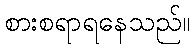
စားစရာရနေသည်။